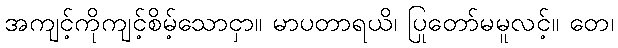
အကျင့်ကိုကျင့်စိမ့်သောငှာ။ မာပတာရယိ၊ ပြုတော်မမူလင့်။ တေ၊